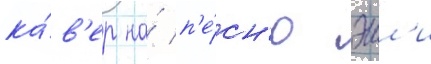
ка́в'ер на́ п'е́сн'ю эшл'и